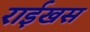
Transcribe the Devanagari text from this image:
राईखस